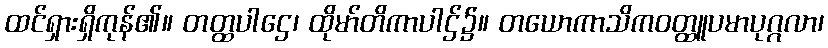
ထင်ရှားရှိကုန်၏။ တတ္ထပါဌေ၊ ထိုမာ်တိကာပါဌ်၌။ တယောကာသိကဝတ္ထူပမာပုဂ္ဂလာ၊